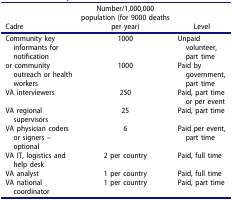
<table><thead><tr><td><b>Cadre</b></td><td><b>Number/1,000,000 population (for 9000 deaths per year)</b></td><td><b>Level</b></td></tr></thead><tbody><tr><td>Community key informants for notification</td><td>1000</td><td>Unpaid volunteer, part time</td></tr><tr><td>or community outreach or health workers</td><td>1000</td><td>Paid by government, part time</td></tr><tr><td>VA interviewers</td><td>250</td><td>Paid, part time or per event</td></tr><tr><td>VA regional supervisors</td><td>25</td><td>Paid, part time</td></tr><tr><td>VA physician coders or signers – optional</td><td>6</td><td>Paid per event, part time</td></tr><tr><td>VA IT, logistics and help desk</td><td>2 per country</td><td>Paid, full time</td></tr><tr><td>VA analyst</td><td>1 per country</td><td>Paid, full time</td></tr><tr><td>VA national coordinator</td><td>1 per country</td><td>Paid, part time</td></tr></tbody></table>